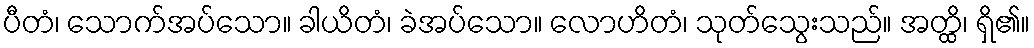
ပီတံ၊ သောက်အပ်သော။ ခါယိတံ၊ ခဲအပ်သော။ လောဟိတံ၊ သုတ်သွေးသည်။ အတ္ထိ၊ ရှိ၏။